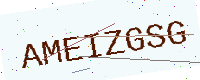
Text: AMEIZGSG